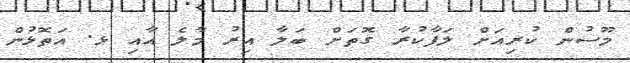
މޫސުން ކުރިއަށް ލަފާކުރާ ގޮތަށް ބަލާ އިރު މާލެ އާއި ޅ. އަތޮޅުން